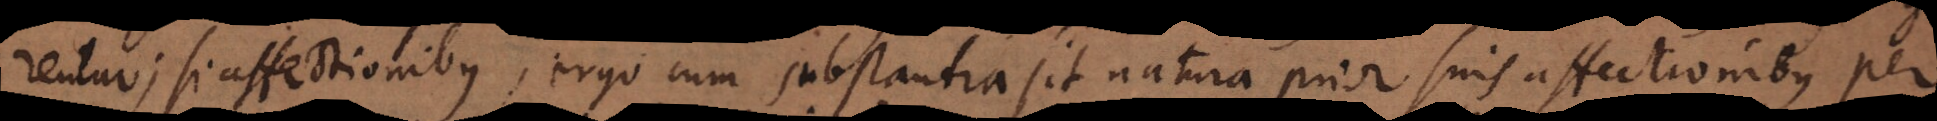
rentur; si affectionibus, ergo cum substantia sit natura prior suis affectionibus per